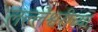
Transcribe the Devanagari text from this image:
लल्लेश्वरीच्या